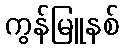
ကွန်မြူနစ်